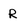
Character: R